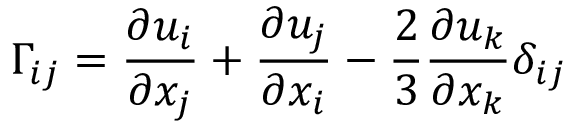
\Gamma _ { i j } = \frac { \partial u _ { i } } { \partial x _ { j } } + \frac { \partial u _ { j } } { \partial x _ { i } } - \frac { 2 } { 3 } \frac { \partial u _ { k } } { \partial x _ { k } } \delta _ { i j }